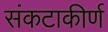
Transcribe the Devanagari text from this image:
संकटाकीर्ण